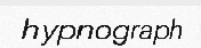
hypnograph